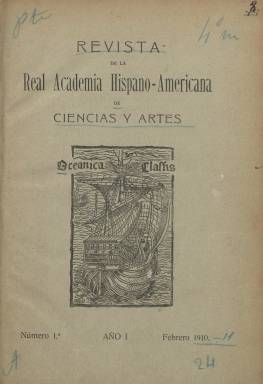
Título: Revista de la Real Academia Hispano-Americana de Ciencias y Artes (Cádiz)
Otros títulos: Título: Revista de la Real Academia Hispano-Americana de Ciencias y Artes de Cádiz, 1913- || Revista ilustrada || Revista de la Real Academia Hispanoamericana de Ciencias y Arte || Revista de la Real Academia Hispanoamericana de Ciencias y Artes de Cádiz
Colección: Ciencias || Arte
Ámbito geográfico: Cádiz
Lugar de publicación: Cádiz
Fechas: 01/02/1910-30/09/1916

Órgano de la Real Academia Hispano-Americana de Ciencias y Artes, inaugurada el tres de enero de 1910 en Cádiz, en cuya Escuela de Artes e Industria tenía su sede. El objeto de esta entidad es “cultivar las relaciones artísticas, literarias y científicas entre España y América”, según sus estatutos, cuya presidencia de honor fue ostentada por el rey Alfonso XIII, siendo sus socios protectores los jefes de Estado de las naciones americanas, el ministro español de Instrucción Pública y el presidente de la Unión Ibero-Americana de Madrid. Su director será Cayetano del Torno; vicedirectores, Victorio Molina y Juan A. Gómez Aramburu; sus secretarios, Pelayo Quintero y Atauri (sección española), Eduardo de Ory (sección extranjera) y Agustín García Gutiérrez (régimen interior), y su archivero-bibliotecario, Pedro Riaño de la Iglesia. El consejo de redacción y administración de la revista lo integran Arturo Marenco, Juan Reina, el consiliario Carlos Meany y los citados Pedro Riaño y Pelayo Quintero.

Adopta el subtítulo de “revista ilustrada” y publica su primer número en febrero de ese mismo año de 1910. Señala que publicará diez números anuales. Comenzará siendo bimensual, para ser pronto mensual, y las entregas de diciembre de 1910 y enero de 1911 serán dobles, correspondiendo la última a los números 9 y 10. A partir de esta última fecha debió tener dificultades para su publicación y su aparición quedó interrumpida. Reaparece, indicando segundo año de edición, con el número 11, correspondiente al primer trimestre de 1913, teniendo a partir de ahora esta frecuencia, y editando hasta el número 25, correspondiente al tercer trimestre de 1916, último de la colección en la Biblioteca Nacional de España (BNE).

La paginación de cada entrega es variada, generalmente entre las 32 y en torno al centenar de páginas, compuestas a una columna, y con foliación continuada anual. Elabora al final de cada año sendos índices de materias y de autores. Además de artículos, composiciones poéticas y noticias, inserta láminas con fotograbados, tanto de retratos de personajes ilustres españoles (políticos, escritores, artistas o científicos) como hispanoamericanos (especialmente presidentes de sus repúblicas), además de fotografías de actualidad cultural o de vistas de entidades académicas, entre otras.

Entre los autores de sus textos aparecen algunos de los académicos ya citados, como Victorio Molina, Carlos Meany, Pelayo Quintero, Juan Reina, Eduardo de Ory o Juan Luis Estelrich, así como Norberto Estrada, J.M. Salaberría, Vicente Medina, Manuel Quintero, Pedro Mayoral, Guillermo Batalla, José de Parrés Sobrino, Atanasio Batres Jáuregui, Juan Luis de Vargas, Rafael Vehils, Ricardo Beltrán y Rózpide, José Recio y Díaz o F.A. Risquer, entre casi medio centenar de colaboradores.

La revista tiene secciones, como son la oficial (sobre la actividad de la academia), la de noticias y la bibliográfica. Sus artículos versarán, especialmente, sobre asuntos americanistas, de colonización española, históricos, literarios, culturales, de costumbres o de antropología, o los que se referirán a las relaciones entre España y los países hispanoamericanos, y también a éstos, como Uruguay, Paraguay, El Salvador, Guatemala, Argentina, Perú, Chile, Venezuela, México, Colombia, Ecuador o Cuba, entre otros. Se escribirá en sus páginas sobre el movimiento americanista en España, sobre documentos colombinos, el centenario de las Cortes de Cádiz y los presidentes americanos en las Cortes doceañistas, el centenario de la revolución en Chile, la religión y costumbres de los primitivos peruanos, algunos descubridores y conquistadores de América, la prensa española en Chile o el americanismo y la prensa gaditana, el centenario del Pacífico y el Canal de Panamá, la Exposición Americanista y el Congreso de Geografía e Historia Hispano-americanas celebradas en Sevilla, el Museo Iconográfico de Cádiz o los agustinos de Panamá, entre otros variados temas.

En la última entrega va incluido también un número extraordinario dedicado al 12 de octubre de 1916, de 128 páginas, con la que la academia celebra una festividad a la que se le da el nombre de Día de la raza. Esta revista tiene su continuación en el Boletín de la Real Academia Hispano-Americana de Ciencias y Artes, título que también forma parte de la colección de la BNE. Con motivo de su centenario, han sido publicadas varias monografías sobre esta academia por Rosario Martínez López y Manuel Bustos Rodríguez.